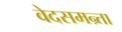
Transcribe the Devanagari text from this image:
वेदसमन्र्ता